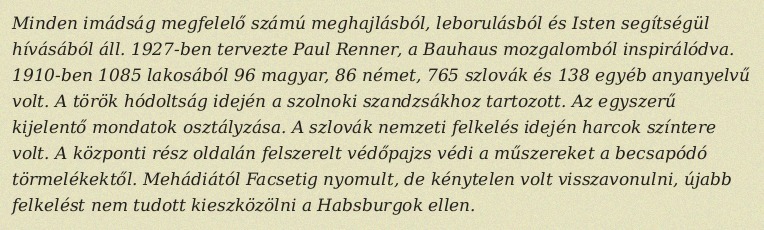
Minden imádság megfelelő számú meghajlásból, leborulásból és Isten segítségül hívásából áll. 1927-ben tervezte Paul Renner, a Bauhaus mozgalomból inspirálódva. 1910-ben 1085 lakosából 96 magyar, 86 német, 765 szlovák és 138 egyéb anyanyelvű volt. A török hódoltság idején a szolnoki szandzsákhoz tartozott. Az egyszerű kijelentő mondatok osztályzása. A szlovák nemzeti felkelés idején harcok színtere volt. A központi rész oldalán felszerelt védőpajzs védi a műszereket a becsapódó törmelékektől. Mehádiától Facsetig nyomult, de kénytelen volt visszavonulni, újabb felkelést nem tudott kieszközölni a Habsburgok ellen.